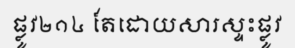
ផ្លូវ២១៤ តែដោយសារស្ទះផ្លូវ